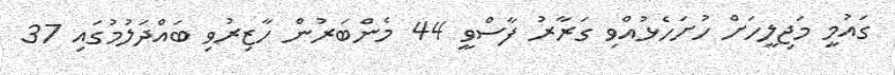
ގައުމީ މަޖިލީހަށް ހުށަހެޅުއްވި ގަރާރު ފާސްވީ 44 މެންބަރުން ހާޒިރުވި ބައްދަލުމުގައި 37